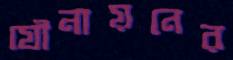
যৌনায়নের